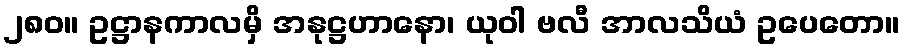
၂၈၀။ ဥဋ္ဌာနကာလမှိ အနုဋ္ဌဟာနော၊ ယုဝါ ဗလီ အာလသိယံ ဥပေတော။